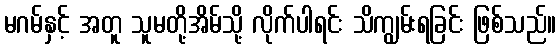
မဂမ်နှင့် အတူ သူမတို့အိမ်သို့ လိုက်ပါရင်း သိကျွမ်းရခြင်း ဖြစ်သည်။